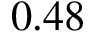
0 . 4 8